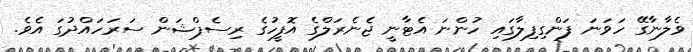
ވެލާނާގޭ ހަވަނަ ފަންގިފިލާގައި ހުންނަ އެޓާނީ ޖެނެރަލްގެ އޮފީހުގެ ރިސެޕްޝަން ސަރަހައްދުގަ އެވެ.